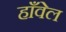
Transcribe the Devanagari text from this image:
हाँवेल